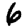
Digit: 6